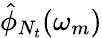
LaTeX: \hat{\phi}_{N_{t}}(\omega_{m})